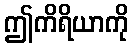
ဤကိရိယာကို